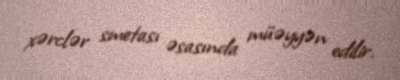
xərclər smetası əsasında müəyyən edilir.